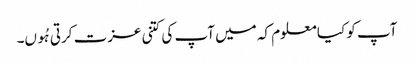
آپ کو کیا معلوم کہ میں آپ کی کتنی عزت کرتی ہُوں۔